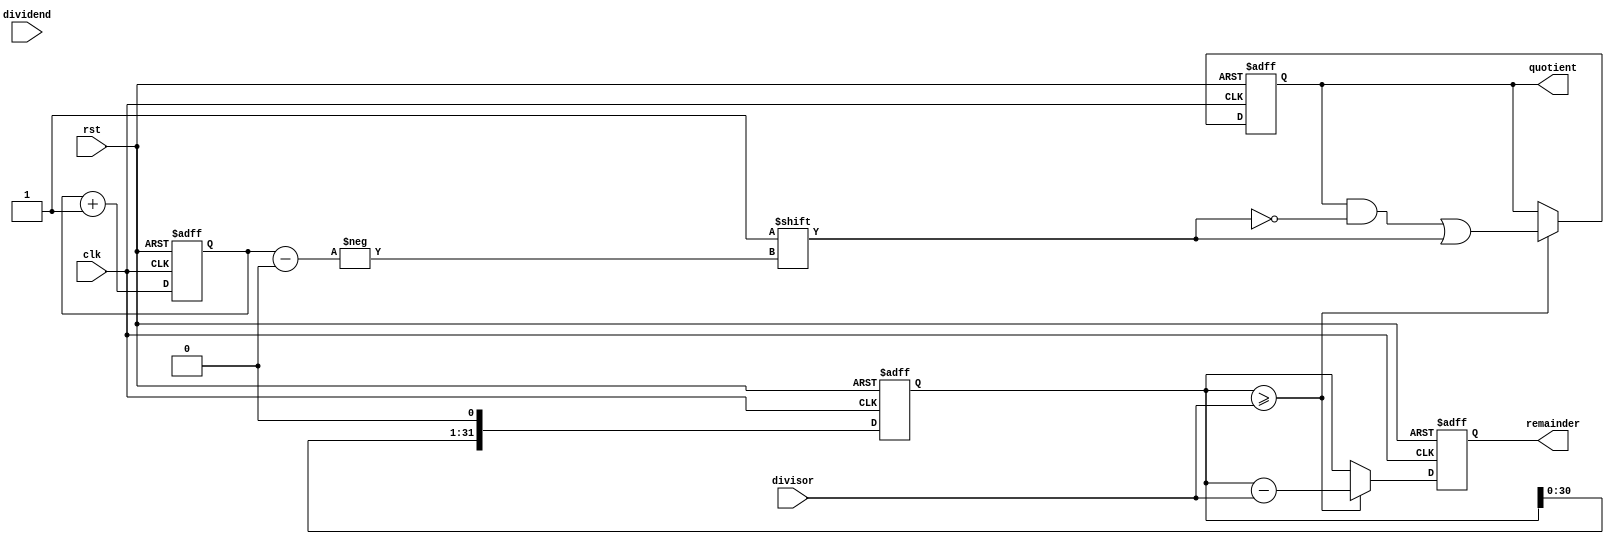
module ShiftAndSubtractDivider (
    input wire clk,
    input wire rst,
    input wire [31:0] dividend,
    input wire [31:0] divisor,
    output wire [31:0] quotient,
    output wire [31:0] remainder
);

reg [31:0] shift_reg;
reg [31:0] sub_result;
reg [4:0] shift_count;
reg [31:0] quotient_reg;
reg [31:0] remainder_reg;

always @(posedge clk or posedge rst) begin
    if (rst) begin
        shift_reg <= 0;
        sub_result <= 0;
        shift_count <= 0;
        quotient_reg <= 0;
        remainder_reg <= 0;
    end else begin
        if (shift_reg >= divisor) begin
            sub_result <= shift_reg - divisor;
            shift_reg <= sub_result;
        end else begin
            sub_result <= shift_reg;
        end
        if (shift_reg >= divisor) begin
            quotient_reg[shift_count] <= 1;
        end
        shift_reg <= shift_reg << 1;
        shift_count <= shift_count + 1;
    end
end

assign quotient = quotient_reg;
assign remainder = sub_result;

endmodule